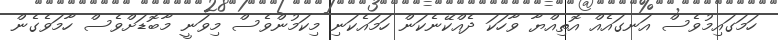
ހަމަގައިމުވެސް އަނގައެއް އޮތިއްޔާ ވާހަކަ ދެއްކޭނެކަން ހަމައެކަނި މިކަމުންވެސް މިވަނީ މާބޮޑަށްވެސް ހާމަވެގެން